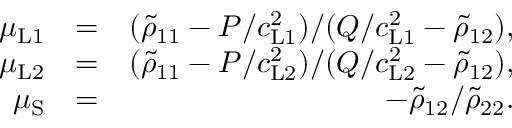
\begin{array} { r l r } { \mu _ { \mathrm { L 1 } } } & { = } & { ( \tilde { \rho } _ { 1 1 } - P / c _ { \mathrm { L 1 } } ^ { 2 } ) / ( Q / c _ { \mathrm { L 1 } } ^ { 2 } - \tilde { \rho } _ { 1 2 } ) , } \\ { \mu _ { \mathrm { L 2 } } } & { = } & { ( \tilde { \rho } _ { 1 1 } - P / c _ { \mathrm { L 2 } } ^ { 2 } ) / ( Q / c _ { \mathrm { L 2 } } ^ { 2 } - \tilde { \rho } _ { 1 2 } ) , } \\ { \mu _ { \mathrm { S } } } & { = } & { - \tilde { \rho } _ { 1 2 } / \tilde { \rho } _ { 2 2 } . } \end{array}